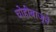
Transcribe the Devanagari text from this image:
चोहीबाजूने